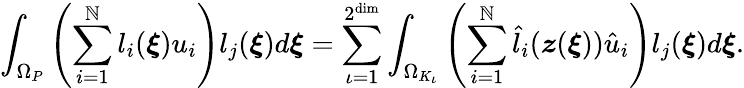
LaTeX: \int_{\Omega_{P}}\left(\sum_{i=1}^{\mathbb{N}}l_{i}(\boldsymbol{\xi})u_{i}\right)l_{j}(\boldsymbol{\xi})d\boldsymbol{\xi}=\sum_{\iota=1}^{2^{\dim}}\int_{\Omega_{K_{\iota}}}\left(\sum_{i=1}^{\mathbb{N}}\hat{{l}}_{i}(\boldsymbol{z}(\boldsymbol{\xi}))\hat{{u}}_{i}\right)l_{j}(\boldsymbol{\xi})d\boldsymbol{\xi}.